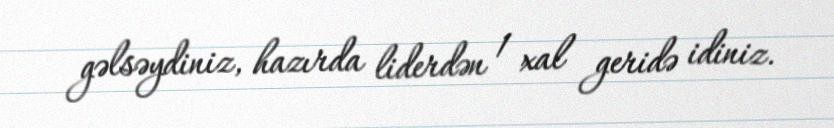
gəlsəydiniz, hazırda liderdən 1 xal geridə idiniz.